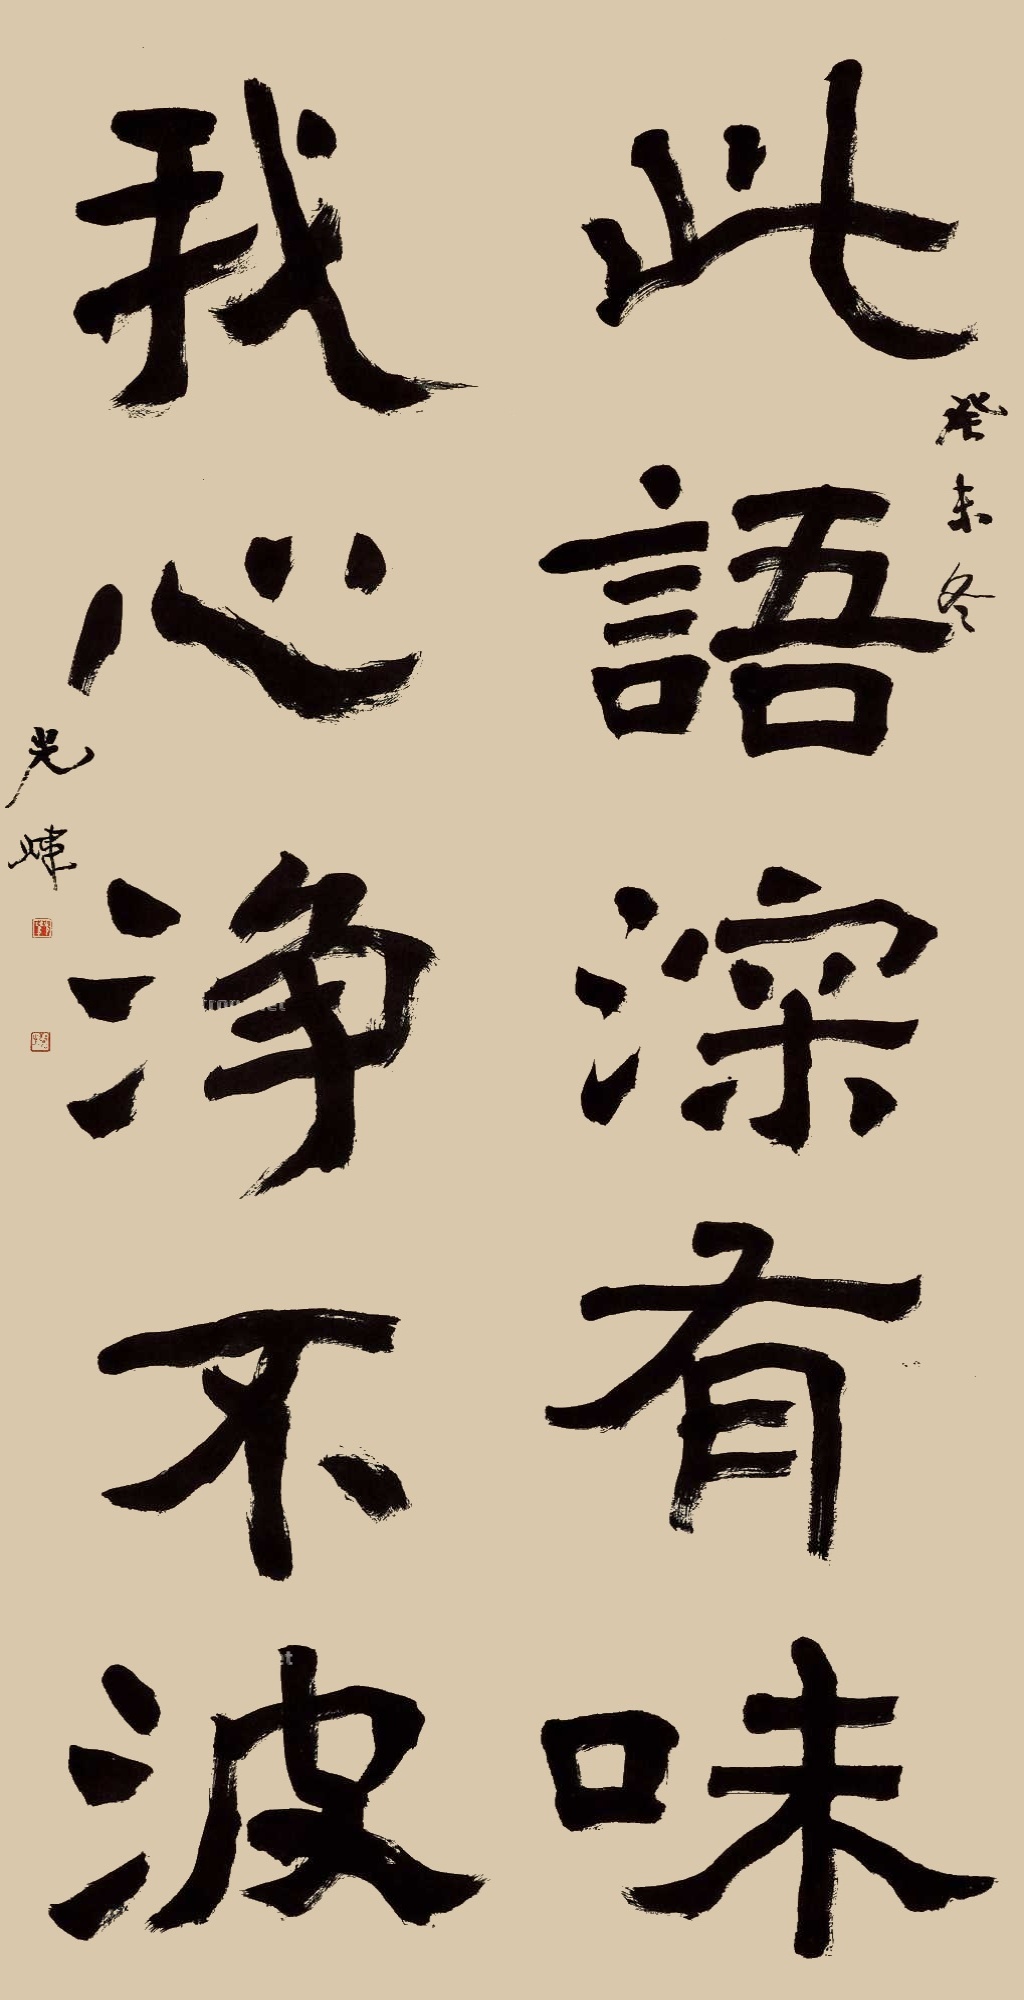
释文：此语深有味，我心净不波。癸未冬，光炜。